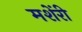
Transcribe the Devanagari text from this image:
मशेंरी